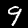
Label: 9